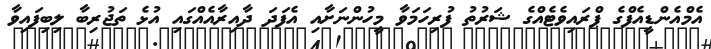
އެމްއެންޑީއެފްގެ ޕްރައިވެޓެއްގެ ޝަރުތު ފުރިހަމަވާ މީހުންނަށާއި އެފަދަ ދާއިރާއެއްގައި އުޅެ ތަޖުރިބާ ލިބިފައިވާ